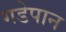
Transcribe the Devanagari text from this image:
गडेपान